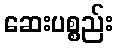
ဆေးပစ္စည်း